Note on the mental hospitals in Burma - 1925-1940
Year: 1925
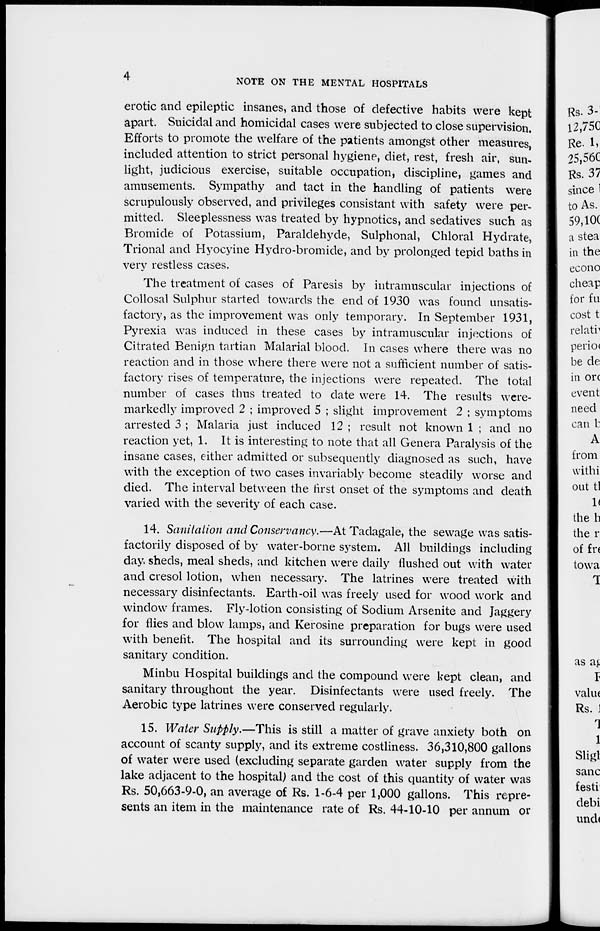
4
NOTE ON THE MENTAL HOSPITALS
erotic and epileptic insanes, and those of defective habits were kept
apart. Suicidal and homicidal cases were subjected to close supervision.
Efforts to promote the welfare of the patients amongst other measures,
included attention to strict personal hygiene, diet, rest, fresh air, sun-
light, judicious exercise, suitable occupation, discipline, games and
amusements. Sympathy and tact in the handling of patients were
scrupulously observed, and privileges consistant with safety were per-
mitted. Sleeplessness was treated by hypnotics, and sedatives such as
Bromide of Potassium, Paraldehyde, Sulphonal, Chloral Hydrate,
Trional and Hyocyine Hydro-bromide, and by prolonged tepid baths in
very restless cases.
The treatment of cases of Paresis by intramuscular injections of
Collosal Sulphur started towards the end of 1930 was found unsatis-
factory, as the improvement was only temporary. In September 1931,
Pyrexia was induced in these cases by intramuscular injections of
Citrated Benign tartian Malarial blood. In cases where there was no
reaction and in those where there were not a sufficient number of satis-
factory rises of temperature, the injections were repeated. The total
number of cases thus treated to date were 14. The results were-
markedly improved 2 ; improved 5 ; slight improvement 2 ; symptoms
arrested 3 ; Malaria just induced 12 ; result not known 1 ; and no
reaction yet, 1. It is interesting to note that all Genera Paralysis of the
insane cases, either admitted or subsequently diagnosed as such, have
with the exception of two cases invariably become steadily worse and
died. The interval between the first onset of the symptoms and death
varied with the severity of each case.
14. Sanitation and Conservancy.—At Tadagale, the sewage was satis-
factorily disposed of by water-borne system. All buildings including
day. sheds, meal sheds, and kitchen were daily flushed out with water
and cresol lotion, when necessary. The latrines were treated with
necessary disinfectants. Earth-oil was freely used for wood work and
window frames. Fly-lotion consisting of Sodium Arsenite and Jaggery
for flies and blow lamps, and Kerosine preparation for bugs were used
with benefit. The hospital and its surrounding were kept in good
sanitary condition.
Minbu Hospital buildings and the compound were kept clean, and
sanitary throughout the year. Disinfectants were used freely. The
Aerobic type latrines were conserved regularly.
15. Water Supply.—This is still a matter of grave anxiety both on
account of scanty supply, and its extreme costliness. 36,310,800 gallons
of water were used (excluding separate garden water supply from the
lake adjacent to the hospital) and the cost of this quantity of water was
Rs. 50,663-9-0, an average of Rs. 1-6-4 per 1,000 gallons. This repre-
sents an item in the maintenance rate of Rs. 44-10-10 per annum or